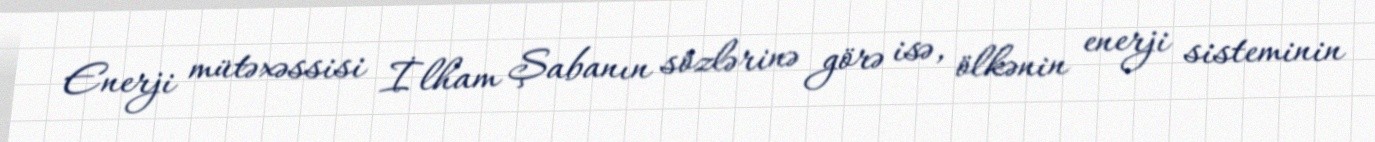
Enerji mütəxəssisi İlham Şabanın sözlərinə görə isə, ölkənin enerji sisteminin